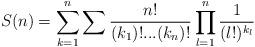
LaTeX: \begin{align*} S(n)=\sum_{k=1}^n \sum \frac{n!}{(k_1)!...(k_n)!}\prod_{l=1}^n \frac{1}{(l!)^{k_l}}\end{align*}